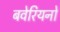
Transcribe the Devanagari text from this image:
बवेरियनों